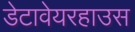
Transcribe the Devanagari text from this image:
डेटावेयरहाउस